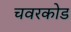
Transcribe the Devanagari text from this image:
चवरकोड